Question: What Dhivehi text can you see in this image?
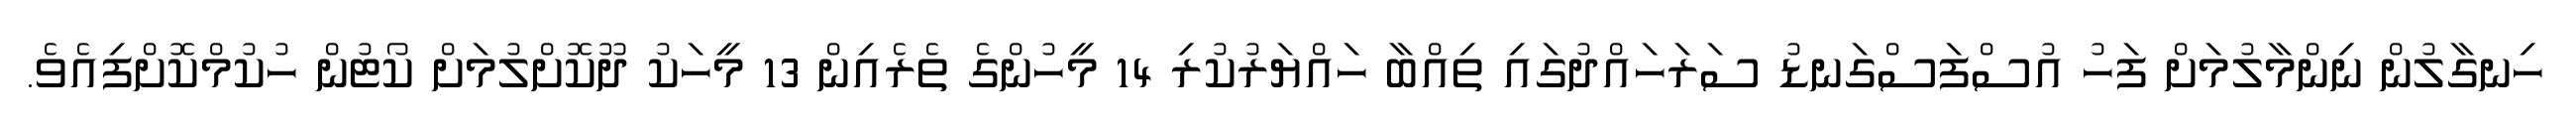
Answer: ހިނގާލުން ނިންމާލުމަށް ފަހު އުސްފަސްގަނޑު ސަރަހައްދުގައި ތިއްބާ ހައްޔަރުކުރި 14 މީހުންގެ ތެރެއިން 13 މީހަކު ދޫކޮށްލުމަށް ކޯޓުން ހުކުމްކޮށްފިއެވެ.